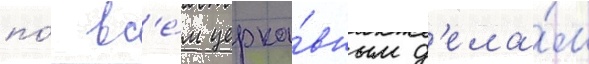
по́ вс'е́м церко́вным д'ела́м